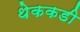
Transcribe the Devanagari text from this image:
थेककडी